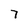
Character: 7